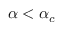
\alpha < \alpha _ { c }